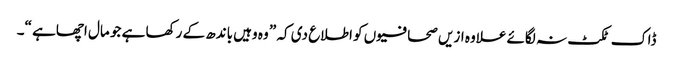
ڈاک ٹکٹ نہ لگائے علاوہ ازیں صحافیوں کو اطلاع دی کہ ” وہ وہیں باندھ کے رکھا ہے جو مال اچھاہے “۔